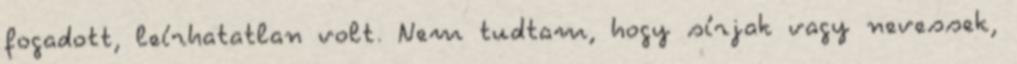
fogadott, leírhatatlan volt. Nem tudtam, hogy sírjak vagy nevessek,